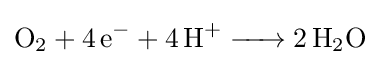
{\ce {O2 + 4 e- + 4H+ -> 2 H2O}}